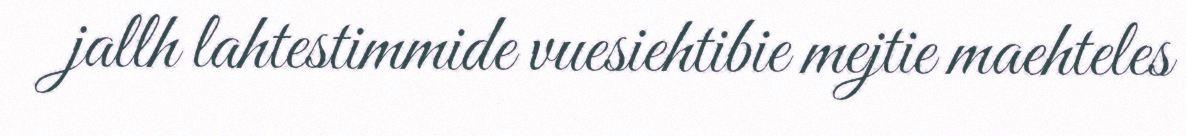
jallh lahtestimmide vuesiehtibie mejtie maehteles